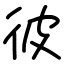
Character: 彼